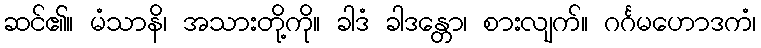
ဆင်၏။ မံသာနိ၊ အသားတို့ကို။ ခါဒံ ခါဒန္တော၊ စားလျက်။ ဂင်္ဂမဟောဒကံ၊